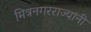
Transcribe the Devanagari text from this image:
मित्रनगरराज्यांनी